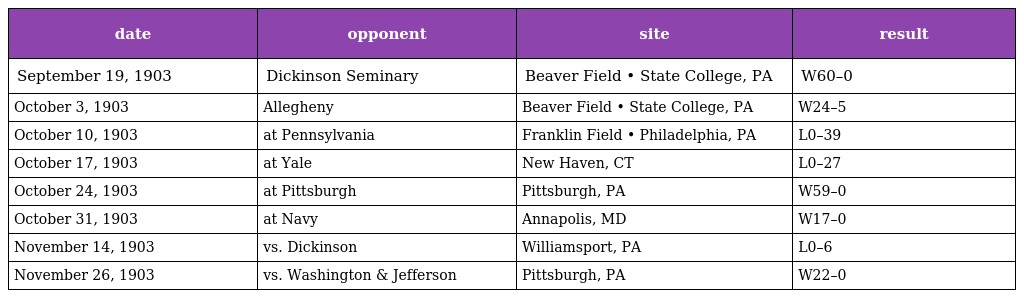
| date | opponent | site | result |
 | --- | --- | --- | --- |
 | September 19, 1903 | Dickinson Seminary | Beaver Field • State College, PA | W60–0 |
 | October 3, 1903 | Allegheny | Beaver Field • State College, PA | W24–5 |
 | October 10, 1903 | at Pennsylvania | Franklin Field • Philadelphia, PA | L0–39 |
 | October 17, 1903 | at Yale | New Haven, CT | L0–27 |
 | October 24, 1903 | at Pittsburgh | Pittsburgh, PA | W59–0 |
 | October 31, 1903 | at Navy | Annapolis, MD | W17–0 |
 | November 14, 1903 | vs. Dickinson | Williamsport, PA | L0–6 |
 | November 26, 1903 | vs. Washington & Jefferson | Pittsburgh, PA | W22–0 |